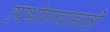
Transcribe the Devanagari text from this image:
उपभोगण्यासाठी